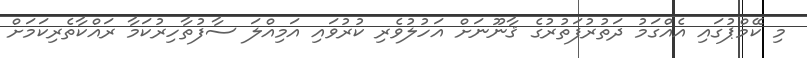
މި ކޭމްޕުގައި އެއްގަމު ދަތުރުފަތުރުގެ ޤާނޫނަށް އަހުލުވެރި ކުރުވައި އަމިއްލަ ސާފުތާހިރުކަމާ ރައްކާތެރިކަމަށް